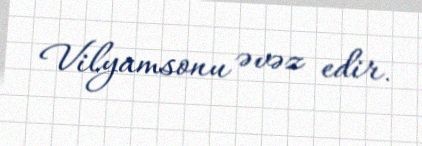
Vilyamsonu əvəz edir.